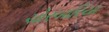
ચોરબારિયા